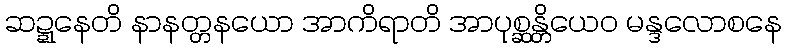
ဆဍ္ဍနေတိ နာနတ္တနယော အာကိရာတိ အာပုစ္ဆန္တိယေဝ မန္ဒလောစနေ